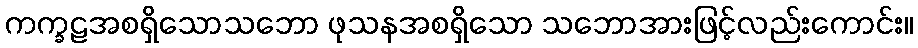
ကက္ခဠအစရှိသောသဘော ဖုသနအစရှိသော သဘောအားဖြင့်လည်းကောင်း။